Indian journal of veterinary science and animal husbandry - Volumes 22-23, 1952-1953
Year: 1952
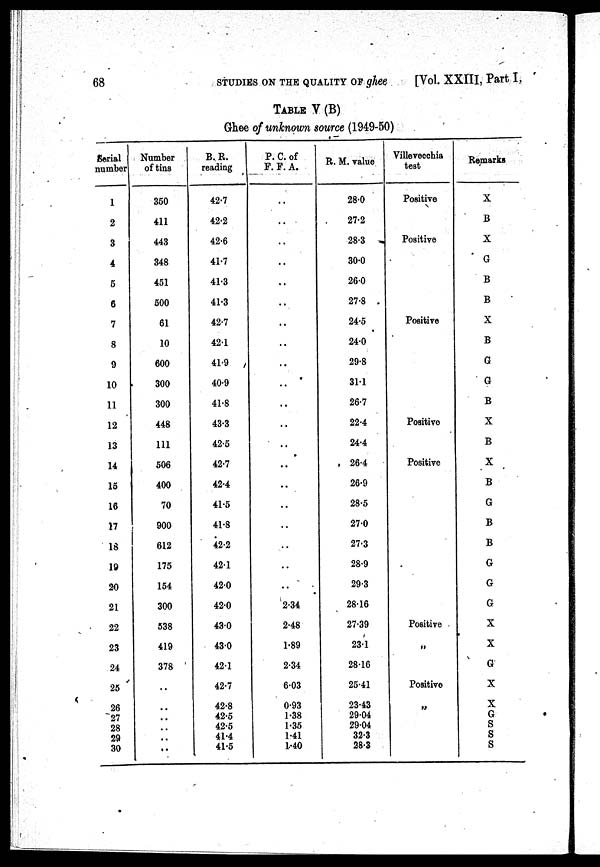
68 STUDIES ON THE QUALITY OF ghee
[Vol. XXIII, Part I,
TABLE V (B)
Ghee of unknown source (1949-50)
Serial
number
1
2
3
4
5
6
7
8
9
10
11
12
13
14
15
16
17
18
19
20
21
22
23
24
25
26
27
28
29
30
Number
of tins
350
411
443
348
451
500
61
10
600
300
300
448
111
506
400
70
900
612
175
154
300
538
419
378
..
..
..
..
..
..
B.R.
reading
42.7
42.2
42.6
41.7
41.3
41.3
42.7
42.1
41.9
40.9
41.8
43.3
42.5
42.7
42.4
41.5
41.8
42.2
42.1
42.0
42.0
43.0
43.0
42.1
42.7
42.8
42.5
42.5
41.4
41.5
P. C. of
F. F. A.
..
..
..
..
..
..
..
..
..
..
..
..
..
..
..
..
..
..
..
..
2.34
2.48
1.89
2.34
6.03
0.93
1.38
1.35
1.41
1.40
R. M. value
28.0
27.2
28.3
30.0
26.0
27.8
24.5
24.0
29.8
31.1
26.7
22.4
24.4
26.4
26.9
28.5
27.0
27.3
28.9
29.3
28.16
27.39
23.1
28.16
25.41
23.43
29.04
29.04
32.3
28.3
Villevecchia
test
Positive
Positive
Positive
Positive
Positive
Positive
„
Positive
„
Remarks
X
B
X
G
B
B
X
B
G
G
B
X
B
X
B
G
B
B
G
G
G
X
X
G
X
X
G
S
S
S